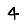
Digit: 4